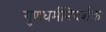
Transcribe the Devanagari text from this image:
गुणधर्मनिदर्शक